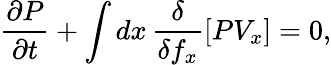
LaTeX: \frac{\partial P}{\partial t}+\int dx\, \frac{\delta}{\delta f_{x}}\left[PV_{x}\right]=0,